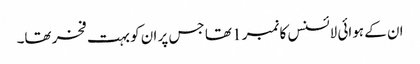
ان کے ہوائی لائسنس کا نمبر 1 تھا جس پر ان کو بہت فخر تھا۔